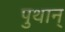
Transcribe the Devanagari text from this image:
पुथान्